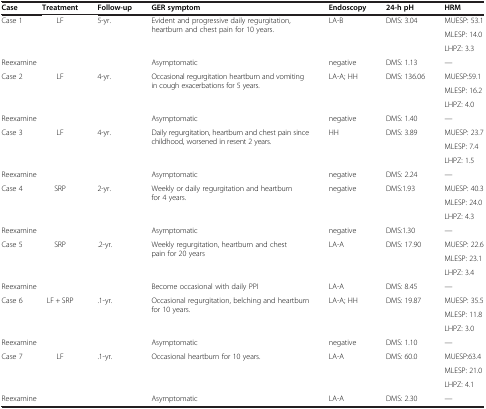
<table><thead><tr><td><b>Case</b></td><td><b>Treatment</b></td><td><b>Follow-up</b></td><td><b>GER symptom</b></td><td><b>Endoscopy</b></td><td><b>24-h pH</b></td><td><b>HRM</b></td></tr></thead><tbody><tr><td rowspan="3">Case 1</td><td rowspan="3">LF</td><td rowspan="3">5-yr.</td><td rowspan="3">Evident and progressive daily regurgitation, heartburn and chest pain for 10 years.</td><td rowspan="3">LA-B</td><td rowspan="3">DMS: 3.04</td><td>MUESP: 53.1</td></tr><tr><td>MLESP: 14.0</td></tr><tr><td>LHPZ: 3.3</td></tr><tr><td colspan="2">Reexamine</td><td> </td><td>Asymptomatic</td><td>negative</td><td>DMS: 1.13</td><td>—</td></tr><tr><td rowspan="3">Case 2</td><td rowspan="3">LF</td><td rowspan="3">4-yr.</td><td rowspan="3">Occasional regurgitation heartburn and vomiting in cough exacerbations for 5 years.</td><td rowspan="3">LA-A; HH</td><td rowspan="3">DMS: 136.06</td><td>MUESP:59.1</td></tr><tr><td>MLESP: 16.2</td></tr><tr><td>LHPZ: 4.0</td></tr><tr><td colspan="2">Reexamine</td><td> </td><td>Asymptomatic</td><td>negative</td><td>DMS: 1.40</td><td>—</td></tr><tr><td rowspan="3">Case 3</td><td rowspan="3">LF</td><td rowspan="3">4-yr.</td><td rowspan="3">Daily regurgitation, heartburn and chest pain since childhood, worsened in resent 2 years.</td><td rowspan="3">HH</td><td rowspan="3">DMS: 3.89</td><td>MUESP: 23.7</td></tr><tr><td>MLESP: 7.4</td></tr><tr><td>LHPZ: 1.5</td></tr><tr><td colspan="2">Reexamine</td><td> </td><td>Asymptomatic</td><td>negative</td><td>DMS: 2.24</td><td>—</td></tr><tr><td rowspan="3">Case 4</td><td rowspan="3">SRP</td><td rowspan="3">2-yr.</td><td rowspan="3">Weekly or daily regurgitation and heartburn for 4 years.</td><td rowspan="3">negative</td><td rowspan="3">DMS:1.93</td><td>MUESP: 40.3</td></tr><tr><td>MLESP: 24.0</td></tr><tr><td>LHPZ: 4.3</td></tr><tr><td colspan="2">Reexamine</td><td> </td><td>Asymptomatic</td><td>negative</td><td>DMS:1.30</td><td>—</td></tr><tr><td rowspan="3">Case 5</td><td rowspan="3">SRP</td><td rowspan="3">.2-yr.</td><td rowspan="3">Weekly regurgitation, heartburn and chest pain for 20 years</td><td rowspan="3">LA-A</td><td rowspan="3">DMS: 17.90</td><td>MUESP: 22.6</td></tr><tr><td>MLESP: 23.1</td></tr><tr><td>LHPZ: 3.4</td></tr><tr><td colspan="2">Reexamine</td><td> </td><td>Become occasional with daily PPI</td><td>LA-A</td><td>DMS: 8.45</td><td>—</td></tr><tr><td rowspan="3">Case 6</td><td rowspan="3">LF + SRP</td><td rowspan="3">.1-yr.</td><td rowspan="3">Occasional regurgitation, belching and heartburn for 10 years.</td><td rowspan="3">LA-A; HH</td><td rowspan="3">DMS: 19.87</td><td>MUESP: 35.5</td></tr><tr><td>MLESP: 11.8</td></tr><tr><td>LHPZ: 3.0</td></tr><tr><td colspan="2">Reexamine</td><td> </td><td>Asymptomatic</td><td>negative</td><td>DMS: 1.10</td><td>—</td></tr><tr><td rowspan="3">Case 7</td><td rowspan="3">LF</td><td rowspan="3">.1-yr.</td><td rowspan="3">Occasional heartburn for 10 years.</td><td rowspan="3">LA-A</td><td rowspan="3">DMS: 60.0</td><td>MUESP:63.4</td></tr><tr><td>MLESP: 21.0</td></tr><tr><td>LHPZ: 4.1</td></tr><tr><td colspan="2">Reexamine</td><td> </td><td>Asymptomatic</td><td>LA-A</td><td>DMS: 2.30</td><td>—</td></tr></tbody></table>